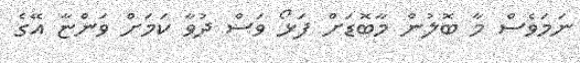
ނަމަވެސް މާ ބޮލުން މާބޮޑަށް ފަޅޯ ވަސް ދުވާ ކަމަށް ވަންޏާ އޭގެ